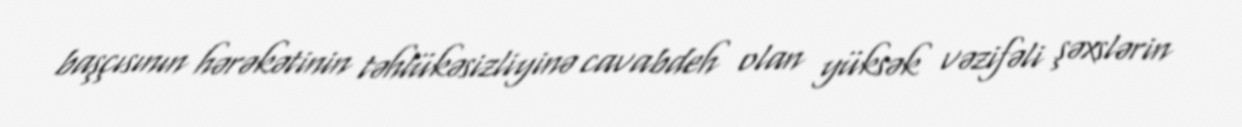
başçısının hərəkətinin təhlükəsizliyinə cavabdeh olan yüksək vəzifəli şəxslərin